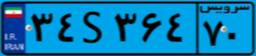
۲۵S۳۷۲۹۷